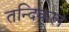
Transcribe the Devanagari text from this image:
तन्दिकूल